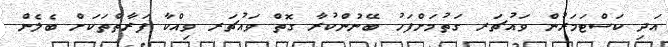
އަދި ކަސްޓަމަރުން ވައުޗަރ ގަތުމަށްފަހު ބޭނުންކުރާ ގޮތް ވައުޗަރ ވިއްކާ ފަރާތްތަކަށް ބެލެން